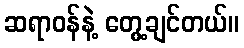
ဆရာဝန်နဲ့ တွေ့ချင်တယ်။